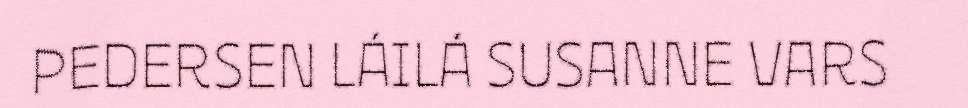
PEDERSEN LÁILÁ SUSANNE VARS